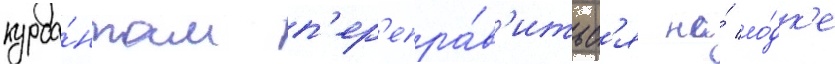
курса́нтам п'ер'епра́в'итьс'я на́ ло́дк'е